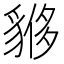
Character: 𧳤